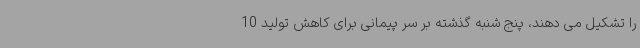
را تشکیل می دهند، پنج شنبه گذشته بر سر پیمانی برای کاهش تولید 10